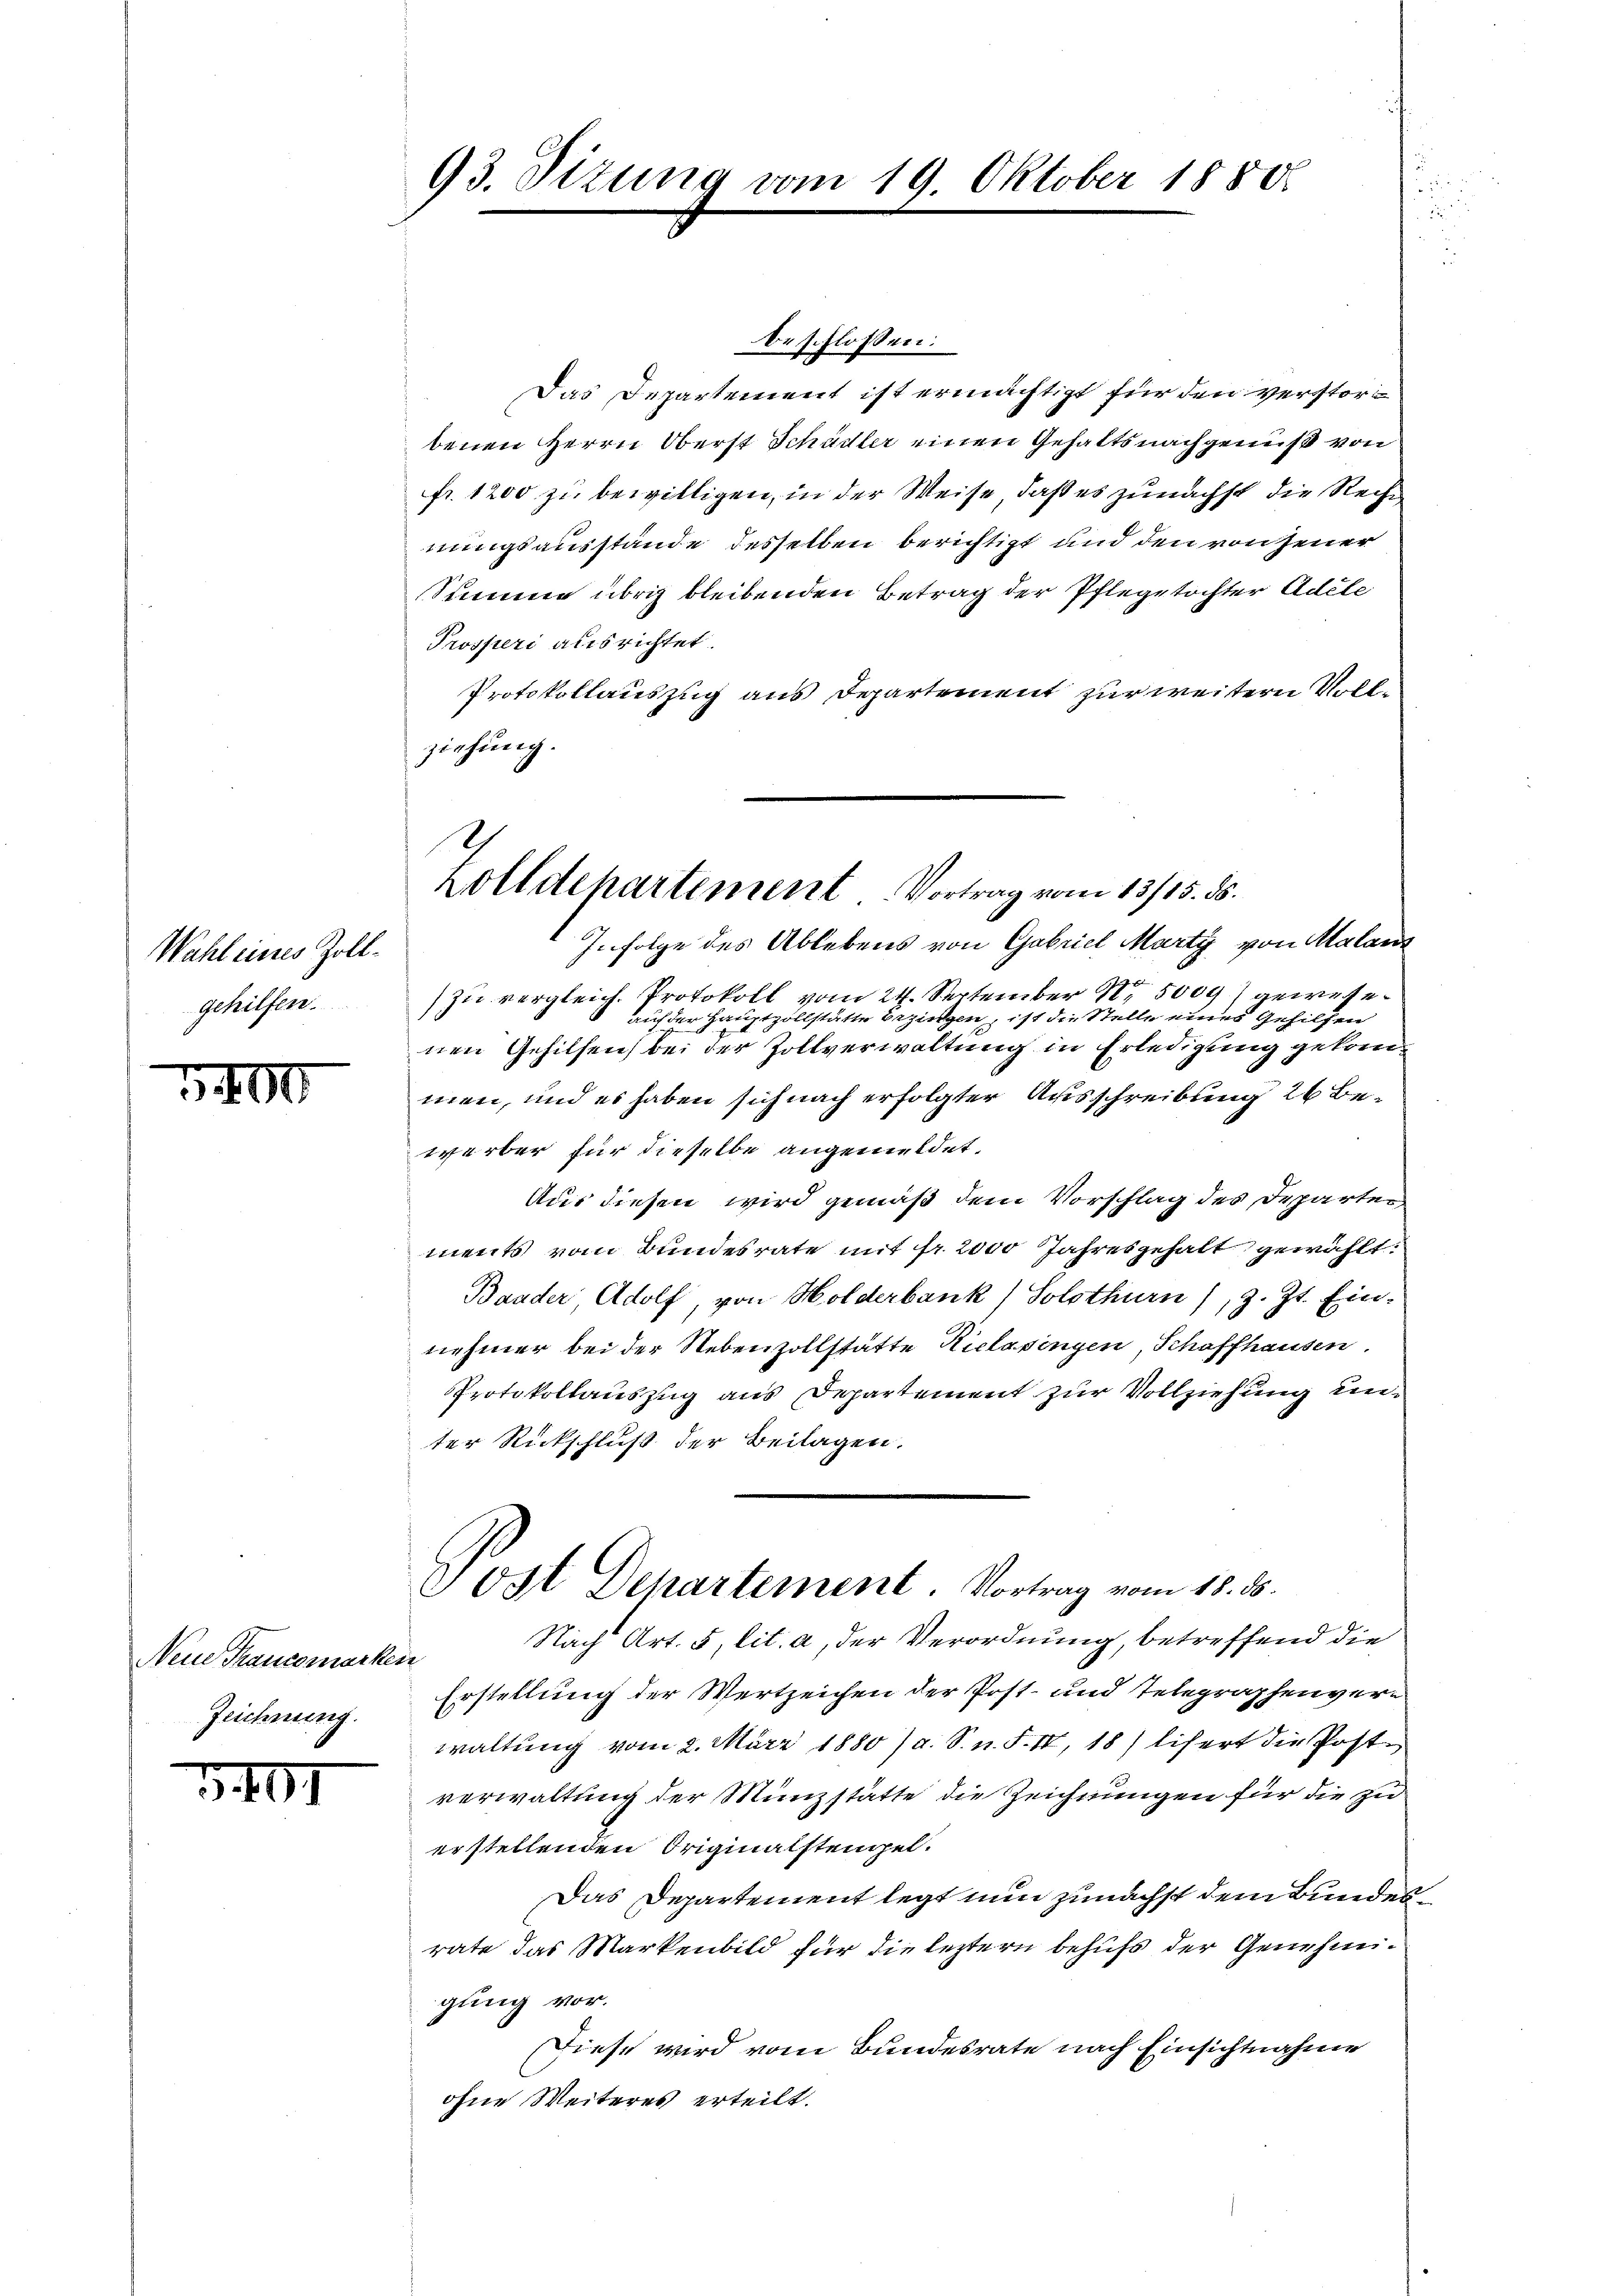
Wahl eines Zollgehilfen.

3400

Neue Trancomarkei
Zeichnung.

3401

93. Sizung vom 19. Oktober 1880.

h
Zolldepartement Vortrag vom 13/15. ds.

beschlossen:
Das Departement ist ermächtigt für den verstorbenen Herrn Oberst Schädler einen Gehalts nachgewiß von
fr. 1200 zu bewilligen, in der Weise, daß es zunächst die Recht
nungsausstände desselben berichtigt und den von jener
Stimme übrig bleibenden Betrag der Pflegetochter Adele
Prosperi ausrichtet.
Protokollauszug aus Departement zur weitern Vollziehung.
Infolge des Ablebens von Gabriel Marty von Malant
zu vergleich. Protokoll vom 24. September 185009) geweseauf der Hauptzollstätte bezirken, ist die Stelle eines Gehilfen
nen Gehilfen, bei der Zollverwaltung in Erledigung gekommen, und es haben sich nach erfolgter Ausschreibung 26 Bewerber für dieselbe angemeldet,
Aus diesen wird gemäß dem Vorschlag des Departer
ments vom Bundesrate mit fr. 2000 Jahresgehalt gewählt:
Bander Adolf, von Holderbank, Solothurn (z. Zt. Ein-
nehmer bei der Nebenzollstätte Riclasingen, Schaffhausen.
Protokollauszug aus Departement zur Vollziehung unter Rückschluß der Beilagen.
Post Departement. Vortrag vom 18. ds.
Nach Art. 5, lit. a, der Verordnung, betreffend die
Erstellung der Wertzeichen der Post- und Telegraphenver-
waltung vom 2. März 1880 / a. S. n. F. IV, 18) lifert die Post-
verwaltung der Münzstätte die Zeichnungen für die zu
erstellenden Originalsteigel.
Das Departement legt nun zunächst dem Bundesrate das Markenbild für die leztern behufs der Genehmigung vor.
Diese wird vom Bundesrate nach Einsichtnahme
ohne Weiteres erteilt.